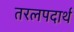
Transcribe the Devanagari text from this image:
तरलपदार्थ